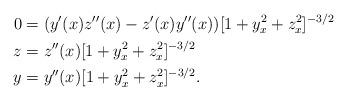
LaTeX: \begin{align*}0 &=(y'(x)z''(x)-z'(x)y''(x))[1+y_{x}^{2}+z_{x}^{2}]^{-3/2}\\z&=z''(x)[1+y_{x}^{2}+z_{x}^{2}]^{-3/2}\\y &= y''(x)[1+y_{x}^{2}+z_{x}^{2}]^{-3/2}.\end{align*}